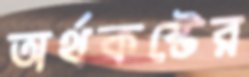
অর্থকষ্টের